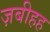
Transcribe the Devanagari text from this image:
ज़बीहह